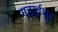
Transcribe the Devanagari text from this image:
गड़ाईपुर